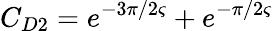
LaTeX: C_{D2}=e^{-3\pi/2\varsigma}+e^{-\pi/2\varsigma}